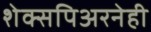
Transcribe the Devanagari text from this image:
शेक्सपिअरनेही